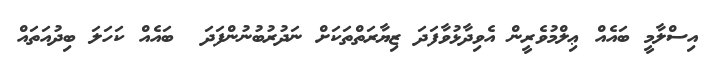
އިސްލާމީ ބައެއް ޢިލްމުވެރީން އެވިދާޅުވާފަދަ ޒިޔާރަތްތަކަށް ނަދުރުބުނުންފަދަ  ބައެއް ކަހަލަ ބިދުއަތައް